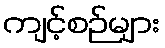
ကျင့်စဉ်များ